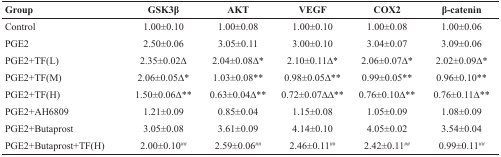
<table><thead><tr><td><b>Group</b></td><td><b>GSK3β</b></td><td><b>AKT</b></td><td><b>VEGF</b></td><td><b>COX2</b></td><td><b>β-catenin</b></td></tr></thead><tbody><tr><td>Control</td><td>1.00±0.10</td><td>1.00±0.08</td><td>1.00±0.10</td><td>1.00±0.08</td><td>1.00±0.06</td></tr><tr><td>PGE2</td><td>2.50±0.06</td><td>3.05±0.11</td><td>3.00±0.10</td><td>3.04±0.07</td><td>3.09±0.06</td></tr><tr><td>PGE2+TF(L)</td><td>2.35±0.02Δ</td><td>2.04±0.08Δ*</td><td>2.10±0.11Δ*</td><td>2.06±0.07Δ*</td><td>2.02±0.09Δ*</td></tr><tr><td>PGE2+TF(M)</td><td>2.06±0.05Δ*</td><td>1.03±0.08**</td><td>0.98±0.05Δ**</td><td>0.99±0.05**</td><td>0.96±0.10**</td></tr><tr><td>PGE2+TF(H)</td><td>1.50±0.06Δ**</td><td>0.63±0.04Δ**</td><td>0.72±0.07ΔΔ**</td><td>0.76±0.10Δ**</td><td>0.76±0.11Δ**</td></tr><tr><td>PGE2+AH6809</td><td>1.21±0.09</td><td>0.85±0.04</td><td>1.15±0.08</td><td>1.05±0.09</td><td>1.08±0.09</td></tr><tr><td>PGE2+Butaprost</td><td>3.05±0.08</td><td>3.61±0.09</td><td>4.14±0.10</td><td>4.05±0.02</td><td>3.54±0.04</td></tr><tr><td>PGE2+Butaprost+TF(H)</td><td>2.00±0.10<sup>##</sup></td><td>2.59±0.06<sup>##</sup></td><td>2.46±0.11<sup>##</sup></td><td>2.42±0.11<sup>##</sup></td><td>0.99±0.11<sup>##</sup></td></tr></tbody></table>